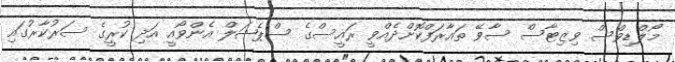
މޯލްޑިވްސް ވިޒިޓާސް ސާވޭ ތައާރަފްކޮށްދެއްވީ ރައީސްގެ ސްޕެޝަލް އެންވޯއީ އަދި ކުރީގެ ސަރުކާރުގައި